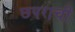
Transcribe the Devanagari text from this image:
छपराची